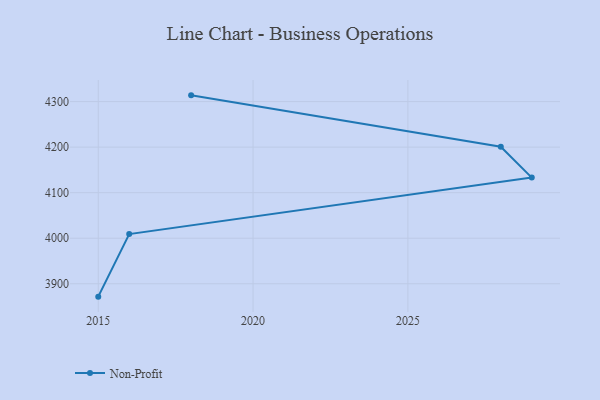
{"axis": {"x": "Year", "y": "Energy Usage (MWh)"}, "legend": ["Non-Profit"], "data": [{"x": "2015", "y": 3871.7, "type": "Non-Profit"}, {"x": "2016", "y": 4009.1, "type": "Non-Profit"}, {"x": "2029", "y": 4133.1, "type": "Non-Profit"}, {"x": "2028", "y": 4200.8, "type": "Non-Profit"}, {"x": "2018", "y": 4313.7, "type": "Non-Profit"}]}